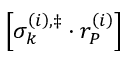
\left[ \sigma _ { k } ^ { \left( i \right) , \ddag } \cdot r _ { P } ^ { \left( i \right) } \right]